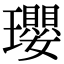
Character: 瓔